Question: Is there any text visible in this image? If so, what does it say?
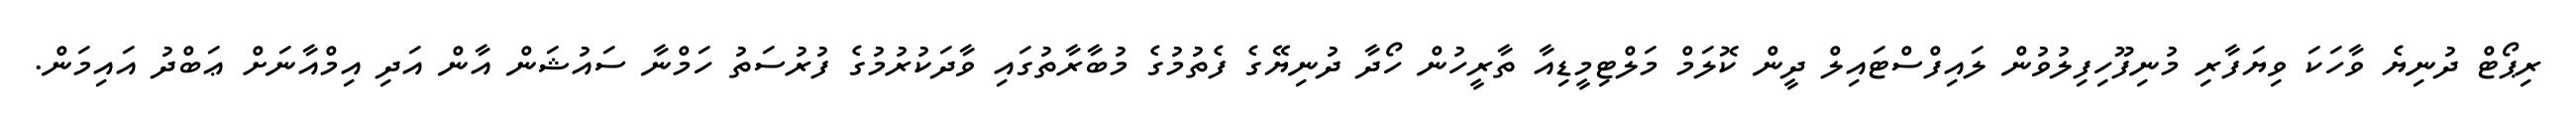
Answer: ރިޕޯޓް ދުނިޔެ ވާހަކަ ވިޔަފާރި މުނިފޫހިފިލުވުން ލައިފްސްޓައިލް ދީން ކޮލަމް މަލްޓިމީޑިއާ ތާރީހުން ހޯދާ ދުނިޔޭގެ ފެތުމުގެ މުބާރާތުގައި ވާދަކުރުމުގެ ފުރުސަތު ހަމްނާ ސައުޝަން އާން އަދި އިމްއާނަށް ޢަބްދު އައިމަން.